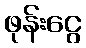
ဖုန်းငွေ